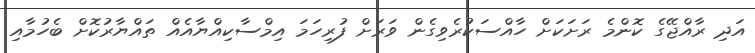
އަދި ރާއްޖޭގެ ކޮންމެ ރަށަކަށް ހާއްސަކުރެވިގެން ވަރަށް ފުރިހަމަ އިމްސާކިއްޔާއެއް ތައްޔާރުކޮށް ބެހުމާއި